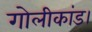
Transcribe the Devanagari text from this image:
गोलीकांड।